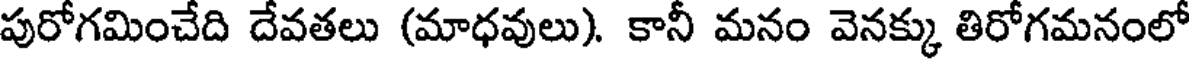
పురోగమించేది దేవతలు (మాధవులు). కానీ మనం వెనక్కు తిరోగమనంలో